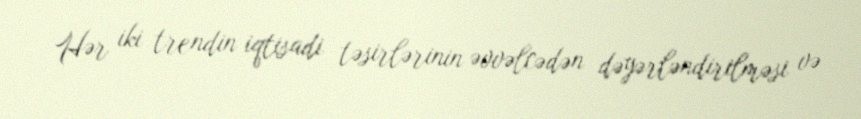
Hər iki trendin iqtisadi təsirlərinin əvvəlcədən dəyərləndirilməsi və